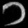
Digit: ၁